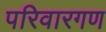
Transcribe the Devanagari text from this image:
परिवारगण